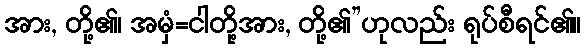
အား, တို့၏၊ အမှံ=ငါတို့အား, တို့၏”ဟုလည်း ရုပ်စီရင်၏။